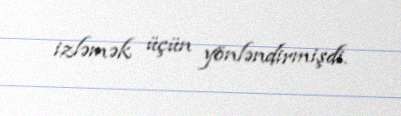
izləmək üçün yönləndirmişdi.